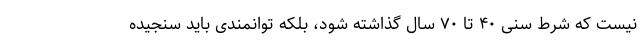
نیست که شرط سنی ۴۰ تا ۷۰ سال گذاشته شود، بلکه توانمندی باید سنجیده